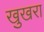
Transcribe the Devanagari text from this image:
खुखरा